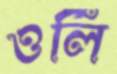
ওর্লি